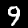
Digit: 9